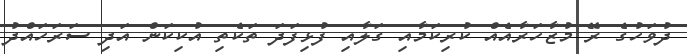
ދުވަހުގެ ރޭ މުޒާހަރާއެއް ކުރިކަމާއި ގަލާއި ފުޅިފަދަ ތަކެތި އުކިކަން އަދި ސަރަހައްދު